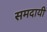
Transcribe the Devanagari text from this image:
समदायी